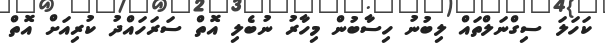
ކަހަލަ ސިގްނަލްތައް ލިބުނު ހިސާބުން މިހާރު ނުބެލި އޮތް ސަރަހައްދު ކުރިއަށް އޮތް